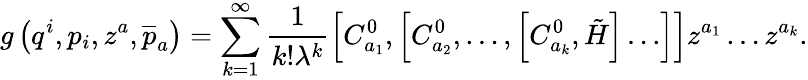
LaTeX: g\left(q^{i},p_{i},z^{a},\overline{{{p}}}_{a}\right)=\sum_{k=1}^{\infty}\frac 1{k!\lambda^{k}}\left[C_{a_{1}}^{0},\left[C_{a_{2}}^{0},\ldots,\left[C_{a_{k}}^{0},\tilde{H}\right]\ldots\right]\right]z^{a_{1}}\ldots z^{a_{k}}.